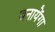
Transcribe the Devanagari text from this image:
बनायेंगा